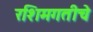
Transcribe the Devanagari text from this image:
रशिमगतीचे